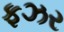
ફઝર